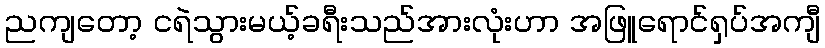
ညကျတော့ ငရဲသွားမယ့်ခရီးသည်အားလုံးဟာ အဖြူရောင်ရှပ်အကျီ